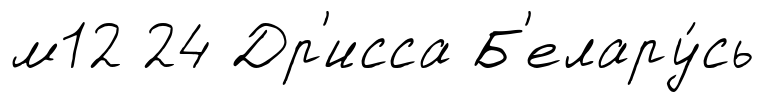
м12 24 Др'исса Б'елару́сь